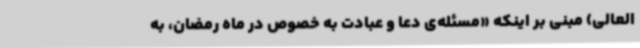
العالی) مبنی بر اینکه «مسئله‌ی دعا و عبادت به خصوص در ماه رمضان، به